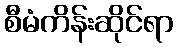
စီမံကိန်းဆိုင်ရာ